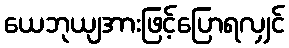
ယေဘုယျအားဖြင့်ပြောရလျှင်